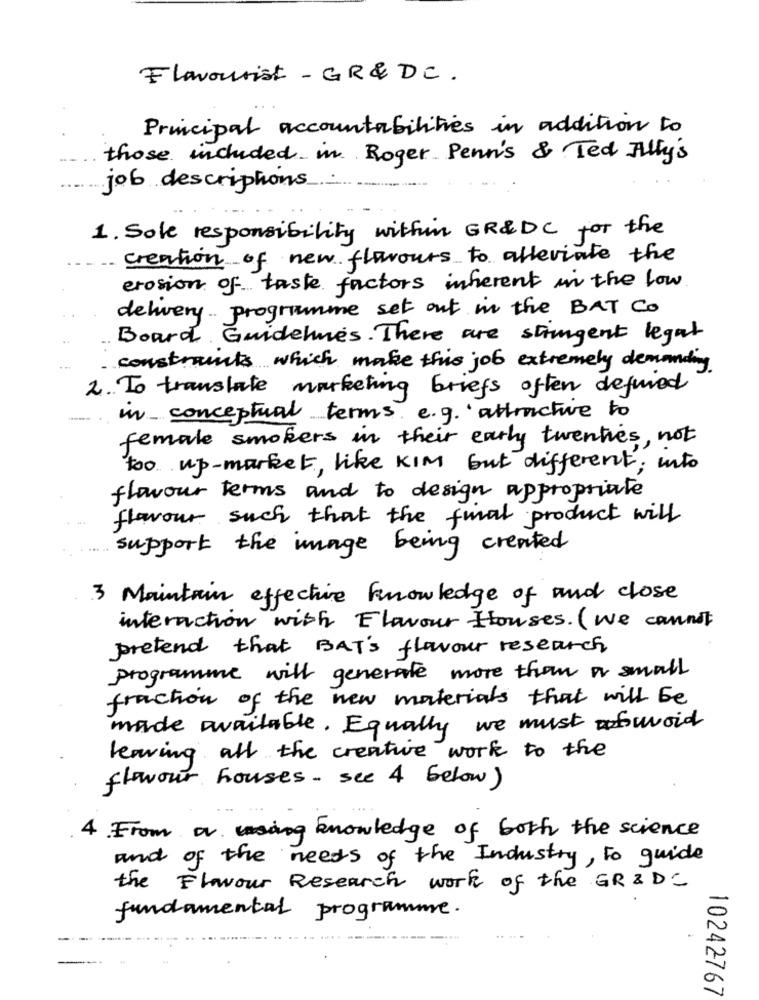
Flavourist - GR &DC.
Principal accountabilities in addition to
those included in Roger Penn's & Ted Ally's
job descriptions
1. Sole responsibility within GR&DC for the
creation of new flavours to alleviate the
erosion of taste factors inherent in the low
delivery .. programme set out in the BAT CO
Board. Guidehues. There are stringent legat
constraints which make this job extremely demanding
2. To translate marketing briefs often defined
in_ conceptual terms e.g. attractive to
female smokers in their early twenties, not
too up-market, like KIM but different; into
flowour terms and to design appropriate
flavour such that the final product will
support the image being created
3 Maintain effective knowledge of and close
interaction with Flavour Houses. (We cannot
pretend that BAT'S flavour research,
programme with generate more than or small
fraction of the new materials that will be
made available. Equally we must robuvoid
leaving all the creative work to the
flowour houses. see 4 below)
4.From or using knowledge of both the science
and of the needs of the Industry, to guide
the Flavour Research work of the GRID
fundamental programme.
10242767